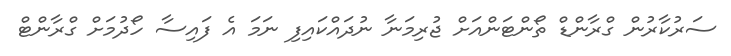
ސަރުކާރުން ގްރާންޑް ތޯންޓަންއަށް ޖުރިމަނާ ނުދައްކައިފި ނަމަ އެ ފައިސާ ހޯދުމަށް ގްރާންޓް